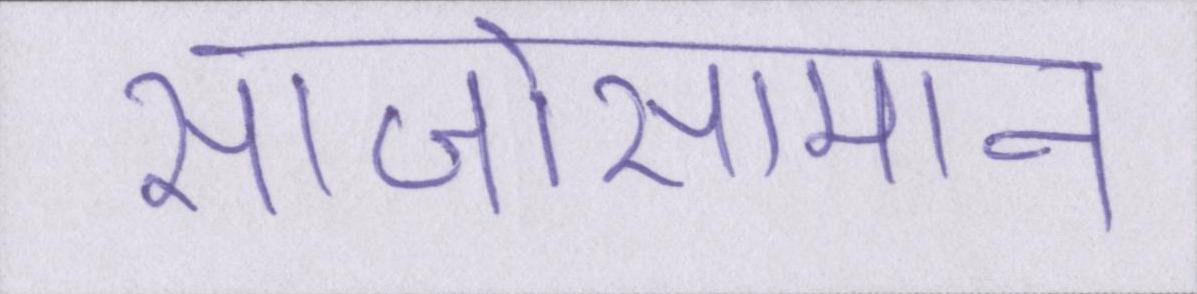
साजोसामान